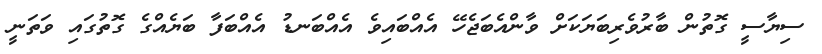
ސިޔާސީ ގޮތުން ބާރުވެރިބަޔަކަށް ވާންއެބަޖެހޭ އެއްބައިވެ އެއްބަނޑު އެއްބަފާ ބަޔެއްގެ ގޮތުގައި ވަތަނީ